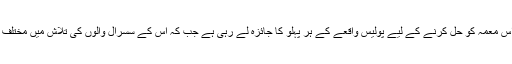
لڑکی کی موت قتل ہے یا خودکشی، اس معمہ کو حل کرنے کے لیے پولیس واقعے کے ہر پہلو کا جائزہ لے رہی ہے جب کہ اس کے سسرال والوں کی تلاش میں مختلف جگہوںپر چھاپے مارے جارہے ہیں۔